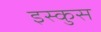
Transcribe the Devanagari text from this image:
इस्कुस